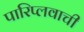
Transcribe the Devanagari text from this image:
पारिप्लवाची